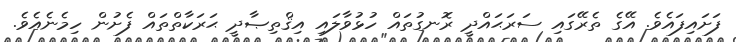
ފަށައިފައެވެ. އޭގެ ތެރޭގައި ސަރަޙައްދީ ރޮނގުތައް ހުޅުވާލައި އިޤްތިޞާދީ ޙަރަކާތްތައް ފެށުން ހިމެނެއެވެ.